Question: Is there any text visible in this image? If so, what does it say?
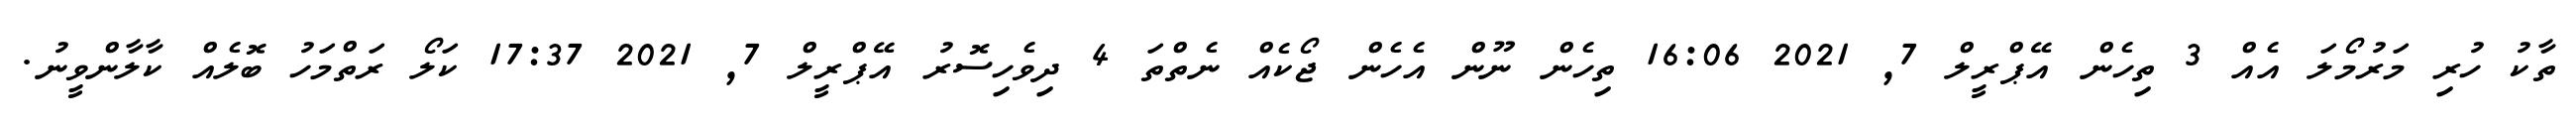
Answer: ތާކު ހުރި މަރުމޯލަ އެއް 3 ތިހެން އޭޕްރީލް 7, 2021 16:06 ތިހެން ނޫން އެހެން ޖޯކެއް ނެތްތަ 4 ދިވެހިސޮރު އޭޕްރީލް 7, 2021 17:37 ކަލޯ ރަތްމަހު ބޮލެއް ކާލާންވީނު.